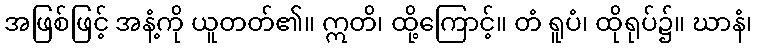
အဖြစ်ဖြင့် အနံ့ကို ယူတတ်၏။ ဣတိ၊ ထို့ကြောင့်။ တံ ရူပံ၊ ထိုရုပ်၌။ ဃာနံ၊